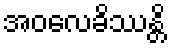
အဝလေခိဿန္တိ